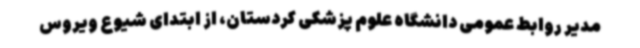
مدیر روابط عمومی دانشگاه علوم پزشکی کردستان، از ابتدای شیوع ویروس